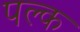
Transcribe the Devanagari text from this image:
पल्क